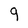
Character: q